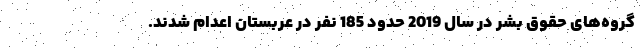
گروه‌‌های حقوق بشر در سال 2019 حدود 185 نفر در عربستان اعدام شدند.